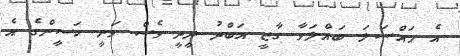
އެ މައްސަލަ ބައްލަވާ ގާޒީ އަބްދު ދީދީ ވެސް ވަނީ ހަސީންގެ އެ